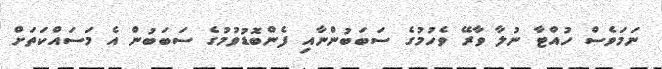
ނަމަވެސް ހުއްޓާ ނުލާ ވާރޭ ވެހުމުގެ ސަބަބުންނާއި ފެންބޮޑުވުމުގެ ސަބަބުން އެ މަސައްކަތަށް